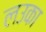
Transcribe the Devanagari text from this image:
लउका